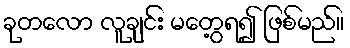
ခုတလော လူချင်း မတွေ့ရ၍ ဖြစ်မည်။